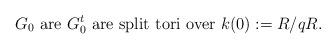
LaTeX: \begin{align*}\text{$G_0$ are $G^t_0$ are split tori over $k(0):=R/qR$.} \end{align*}